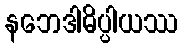
နဘေဒါဓိပ္ပါယဿ